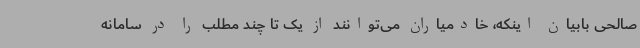
صالحی بابیان اینکه، خادمیاران می‌توانند از یک تا چند مطلب را در سامانه